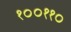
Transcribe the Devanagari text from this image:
१००११०